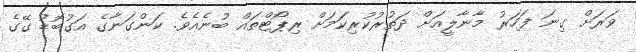
ވަރަށް ގިނަ ފަހަރު މާނާލީއަށް ދަތުރުކުރިކަމަށް ރިޕޯޓްތައް ބުނެއެވެ. ކަންގަނާގެ އަގުބޮޑު ގޭގެ